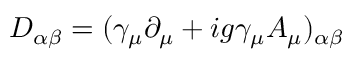
D _ { \alpha \beta } = ( \gamma _ { \mu } \partial _ { \mu } + i g \gamma _ { \mu } A _ { \mu } ) _ { \alpha \beta }